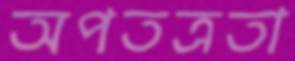
অপতত্রতা